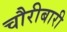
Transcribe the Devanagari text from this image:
चौरीबारी